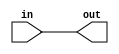
// Wire basics

// Wires are directional
// Use assign to do a "continuous assignment"
// In a continuous assignment, the RHS is evaluated whenever the LHS changes

module top_module( input in, output out );
    assign out = in;
endmodule

// Declaring wires
// Wires are kinda like variables
// Declared with wire keyword

module next_module (
    input in,              // Declare an input wire named "in"
    output out             // Declare an output wire named "out"
);

    wire not_in;           // Declare a wire named "not_in"

    assign out = ~not_in;  // Assign a value to out (create a NOT gate).
    assign not_in = ~in;   // Assign a value to not_in (create another NOT gate).

endmodule   // End of module "top_module"